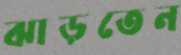
ঝাড়তেন